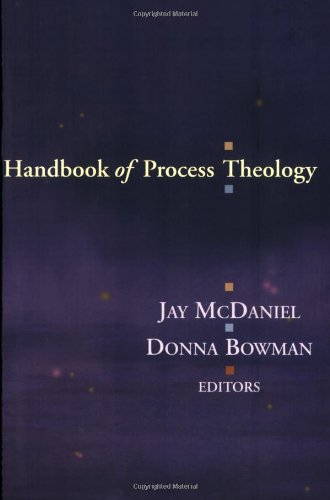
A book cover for Handbook of Process Theology; Christian Books & Bibles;